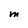
Character: M